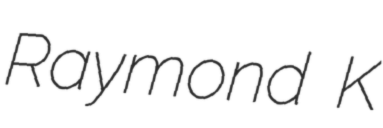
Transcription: Raymond K